Lunatic asylums United Provinces 1899-1908 - 1899-1908
Year: 1899
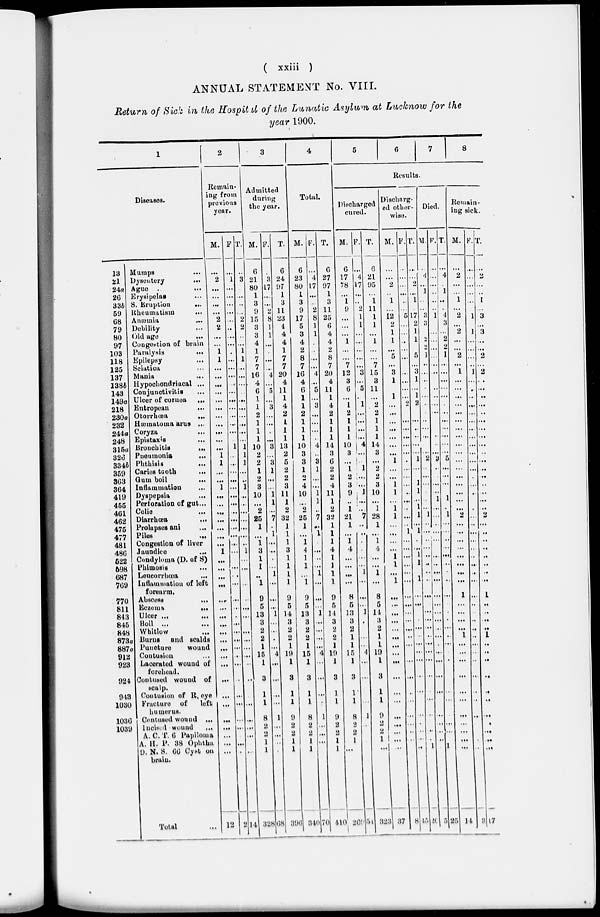
( xxiii )
ANNUAL STATEMENT No. VIII.
Return of Sick in the Hospital of the Lunatic Asylum at Lucknow for the
year 1900.
1
Diseases.
13
21
24a
26
33b
69
68
79
80
97
103
118
125
137
138b
143
149a
218
230a
232
244a
248
315a
326
334b
359
363
364
419
455
461
462
475
477
481
486
522
598
687
769
770
811
843
845
848
873a
887a
912
923
924
943
1030
1036
1039
Mumps …
Dysentery
...
Ague
...
Erysipelas …
S. Eruption
...
Rheumatism
...
Anæmia …
Debility …
Old age …
Congestion of brain
Paralysis
...
Epilepsy …
Sciatica …
Mania …
Hypochondriacal ...
Conjunctivitis
...
Ulcer of cornea …
Entropean …
Otorrhœa …
Hæmatoma arus ...
Coryza …
Epistaxis …
Bronchitis
...
Pneumonia
...
Phthisis
...
Caries tooth …
Gum boil …
Inflammation …
Dyspepsia …
Perforation of gut ...
Colic …
Diarrhœa
...
Prolapses ani …
Piles …
Congestion of liver
Jaundice …
Condyloma (D. of S)
Phimosis …
Leucorrhœa …
Inflammation of left
forearm.
Abscess …
Eczema …
Ulcer ... …
Boil ... …
Whitlow …
Burns
and scalds
Puncture
wound
Contusion
Lacerated wound of
forehead.
Contused wound of
scalp.
Contusion of R. eye
Fracture of
left
humerus.
Contused wound ...
Incised wound …
A.C.T. 6 Papiloma
A. H. P. 38 Ophtha
D. N. S. 66 Cyst on
brain.
Total …
2
Remain-
ing from
previous
year.
M.
...
2
...
...
...
...
2
2
...
...
1
1
…
…
…
…
…
…
…
…
…
…
…
1
1
...
...
1
...
...
...
...
...
...
...
1
…
...
...
…
…
...
...
...
...
...
...
...
...
...
...
...
...
...
…
…
…
12
F
...
1
...
...
...
...
...
..
...
...
.
...
...
...
..
...
...
...
...
…
...
…
1
…
…
...
...
...
...
...
...
…
...
...
…
...
…
...
..
...
...
…
…
...
...
...
...
…
...
..
..
...
…
…
…
…
…
2
T.
…
3
…
...
..
...
2
2
…
…
1
1
...
...
...
…
…
...
...
…
...
...
1
1
1
...
…
1
...
…
...
…
...
...
…
1
…
…
…
…
..
...
…
…
...
...
...
…
…
..
…
…
…
...
…
…
…
14
3
Admitted
during
the year.
M.
6
21
80
1
3
9
15
3
3
4
1
7
7
16
4
6
1
1
2
1
1
1
10
2
2
1
2
3
10
...
2
25
41
…
1
3
1
1
..
1
9
5
13
3
2
2
1
15
1
3
1
1
8
2
2
1
1
328
F.
…
3
17
...
...
2
8
1
1
…
.
…
…
4
…
5
…
3
...
...
.
...
3
…
3
1
…
…
1
1
...
7
…
1
...
...
.
…
1
…
…
…
1
…
...
.
...
4
...
...
...
...
1
...
…
…
…
68
T.
6
24
97
1
3
11
23
4
4
4
1
7
7
20
4
11
1
4
2
1
1
1
13
2
5
2
2
3
11
1
2
32
1
1
1
3
1
1
1
1
9
5
14
3
2
2
1
19
1
3
1
1
9
2
2
1
1
396
4
Total.
M.
6
23
80
1
3
9
17
5
3
4
2
8
7
16
4
6
1
1
2
1
1
1
10
3
3
1
2
4
10
…
2
25
1
...
1
4
1
1
…
1
9
5
13
3
2
2
1
15
1
3
1
1
8
2
2
1
1
340
F.
…
4
17
…
...
2
8
1
1
…
..
...
...
4
…
5
...
3
...
...
...
..
4
..
3
1
…
…
1
1
..
7
…
1
.
...
..
...
1
…
…
…
1
...
...
...
…
4
...
...
…
…
1
...
…
…
…
70
T.
6
27
97
1
3
11
25
6
4
4
2
8
7
20
4
11
1
4
2
1
1
1
14
3
6
2
2
4
11
1
2
32
1
1
1
4
1
1
1
1
9
5
14
3
2
2
1
19
1
3
1
1
9
2
2
1
1
440
5
6
7
8
Results.
Discharged
cured.
M.
6
17
78
...
1
9
...
...
...
1
...
...
7
12
3
6
...
1
2
1
1
1
10
3
…
1
2
3
9
...
1
21
1
...
1
4
…
…
…
…
8
5
13
3
2
1
1
15
1
3
1
1
8
2
2
1
…
269
F.
…
4
17
...
..
2
1
1
...
...
…
...
...
3
...
5
.
1
...
...
...
…
4
…
..
1
...
...
1
…
...
7
..
..
.
.
...
...
1
...
...
...
1
.
…
…
4
...
...
…
1
..
54
T.
6
21
95
...
1
11
1
1
...
1
…
...
7
15
3
11
...
2
2
1
1
1
14
3
...
2
2
3
10
...
1
28
1
…
1
4
...
...
1
…
8
5
14
3
2
1
1
19
1
3
1
1
9
2
2
1
...
323
Discharg-
ed other-
wise.
M.
…
...
2
..
1
…
12
2
1
1
…
5
...
3
1
1
...
...
…
...
…
...
...
1
...
...
1
1
…
1
1
…
…
…
…
1
1
...
1
…
…
...
...
…
...
...
...
…
...
...
...
...
...
…
…
...
37
F.
…
...
...
...
..
…
5
…
…
..
...
...
...
...
...
...
2
...
...
…
...
...
.
...
...
...
..
...
..
...
…
1
...
...
...
…
...
...
…
...
...
...
...
..
...
...
...
..
...
...
… …
…
…
8
T.
…
...
…
...
1
…
17
2
1
1
…
5
...
3
1
...
1
2
...
..
…
...
...
1
...
…
1
1
...
1
1
…
1
.
…
1
1
…
1
…
...
…
…
...
…
...
...
...
...
...
…
...
…
…
…
…
45
Died.
M.
…
4
...
1
…
…
3
3
…
2
2
1
..
…
..
…
...
..
…
…
...
…
…
...
2
..
...
...
…
…
...
1
…
...
…
...
..
…
..
…
…
…
...
…
...
..
...
...
...
..
…
...
..
…
..
…
1
20
F.
…
...
...
...
..
…
1
...
…
...
…
...
…
…
..
..
…
...
…
…
…
..
...
3
…
…
...
...
1
...
…
…
...
...
…
…
…
…
...
…
...
...
...
...
...
.
...
...
...
…
…
...
…
...
…
…
5
T.
…
4
…
1
…
…
4
3
...
2
2
1
...
…
...
…
...
.
...
...
...
…
…
...
5
...
...
...
…
1
.
1
…
…
...
...
...
…
…
..
…
…
…
.
...
..
...
…
.
…
…
…
…
…
...
…
1
25
Remain-
ing sick.
M.
…
2
…
…
1
…
2
...
2
…
…
2
...
1
...
...
...
...
...
...
…
…
...
...
...
...
...
...
…
...
...
2
…
...
...
...
...
…
...
...
1
…
...
...
...
1
…
…
…
…
…
...
...
...
…
...
…
14
F.
…
…
...
…
…
…
1
…
1
…
…
…
…
1
…
…
...
…
…
…
…
…
…
…
…
…
…
…
…
…
…
…
…
…
…
…
…
…
…
…
…
..
…
..
..
…
…
…
..
...
..
..
..
…
…
…
..
3
T.
…
2
…
..
1
…
3
…
3
…
…
2
…
2
..
…
…
…
…
…
…
…
...
…
…
…
…
…
…
...
..
2
..
..
..
..
..
…
..
…
1
..
..
…
..
1
..
..
..
..
..
..
...
.
…
…
...
17